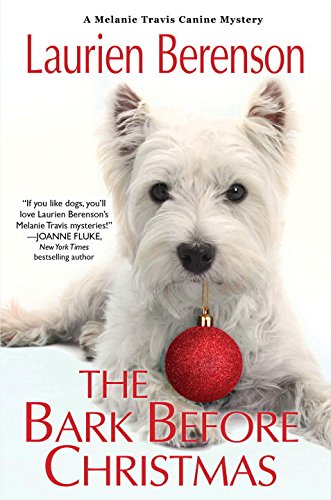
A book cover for The Bark Before Christmas (A Melanie Travis Mystery); Laurien Berenson; Mystery, Thriller & Suspense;